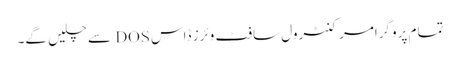
تمام پروگرامر کنٹرول سافٹ وئرز ڈاس DOS سے چلیں گے۔